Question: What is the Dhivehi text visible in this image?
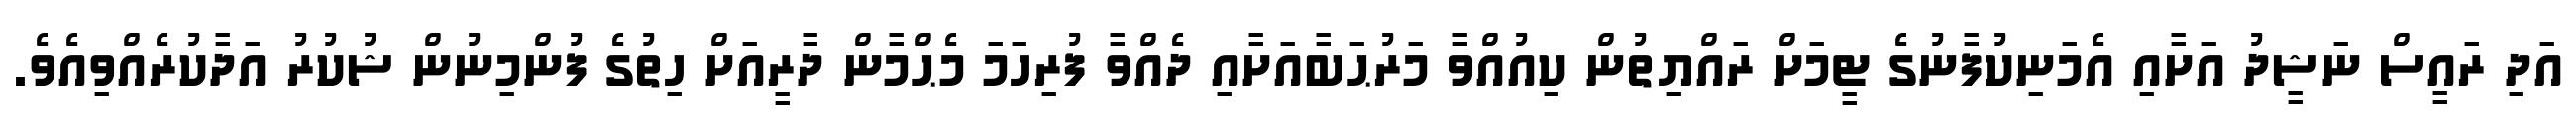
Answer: އަދި ރައީސް ނަޝީދު އަށާއި އެމަނިކުފާނުގެ ޓީމަށް ރައްޔިތުން ކިއުއްވާ މަރުޙަބާއަށާއި ދެއްވާ ފުރިހަމަ މެޙްމާން ދާރީއަށް ހިތުގެ ފުންމިނުން ޝުކުރު އަދާކުރެއްވިއެވެ.